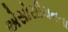
એસોસીયનના